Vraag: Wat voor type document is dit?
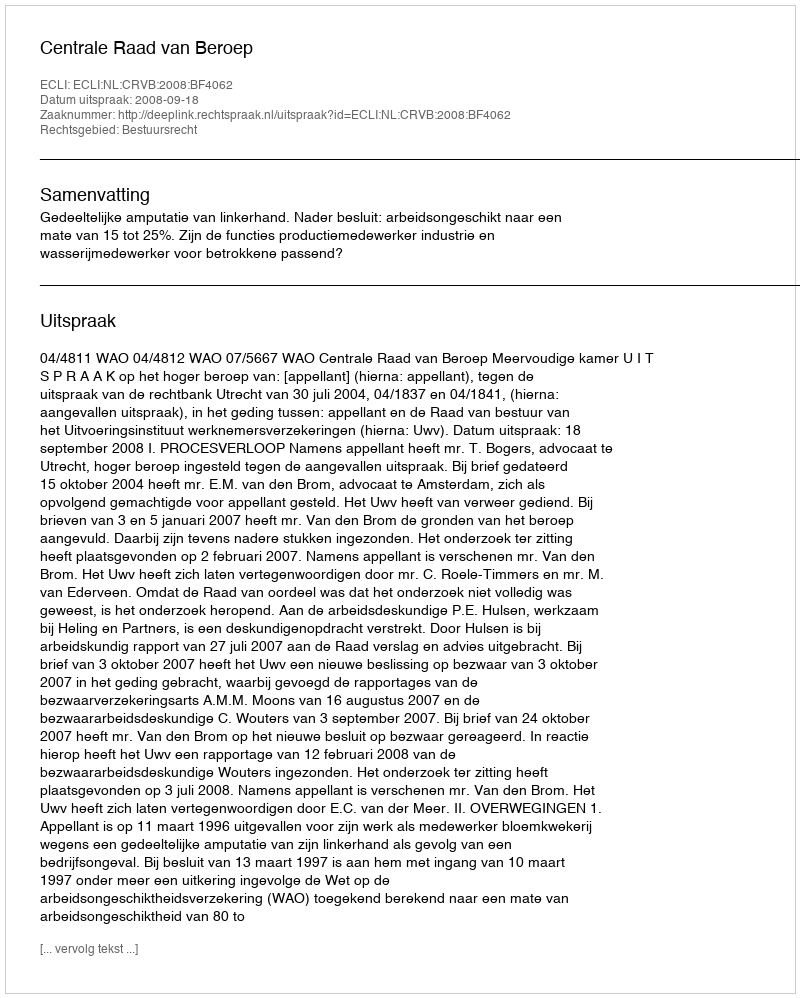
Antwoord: Uitspraak